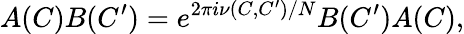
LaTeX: A(C)B(C^{\prime})=e^{2\pi i\nu(C,C^{\prime})/N}B(C^{\prime})A(C),